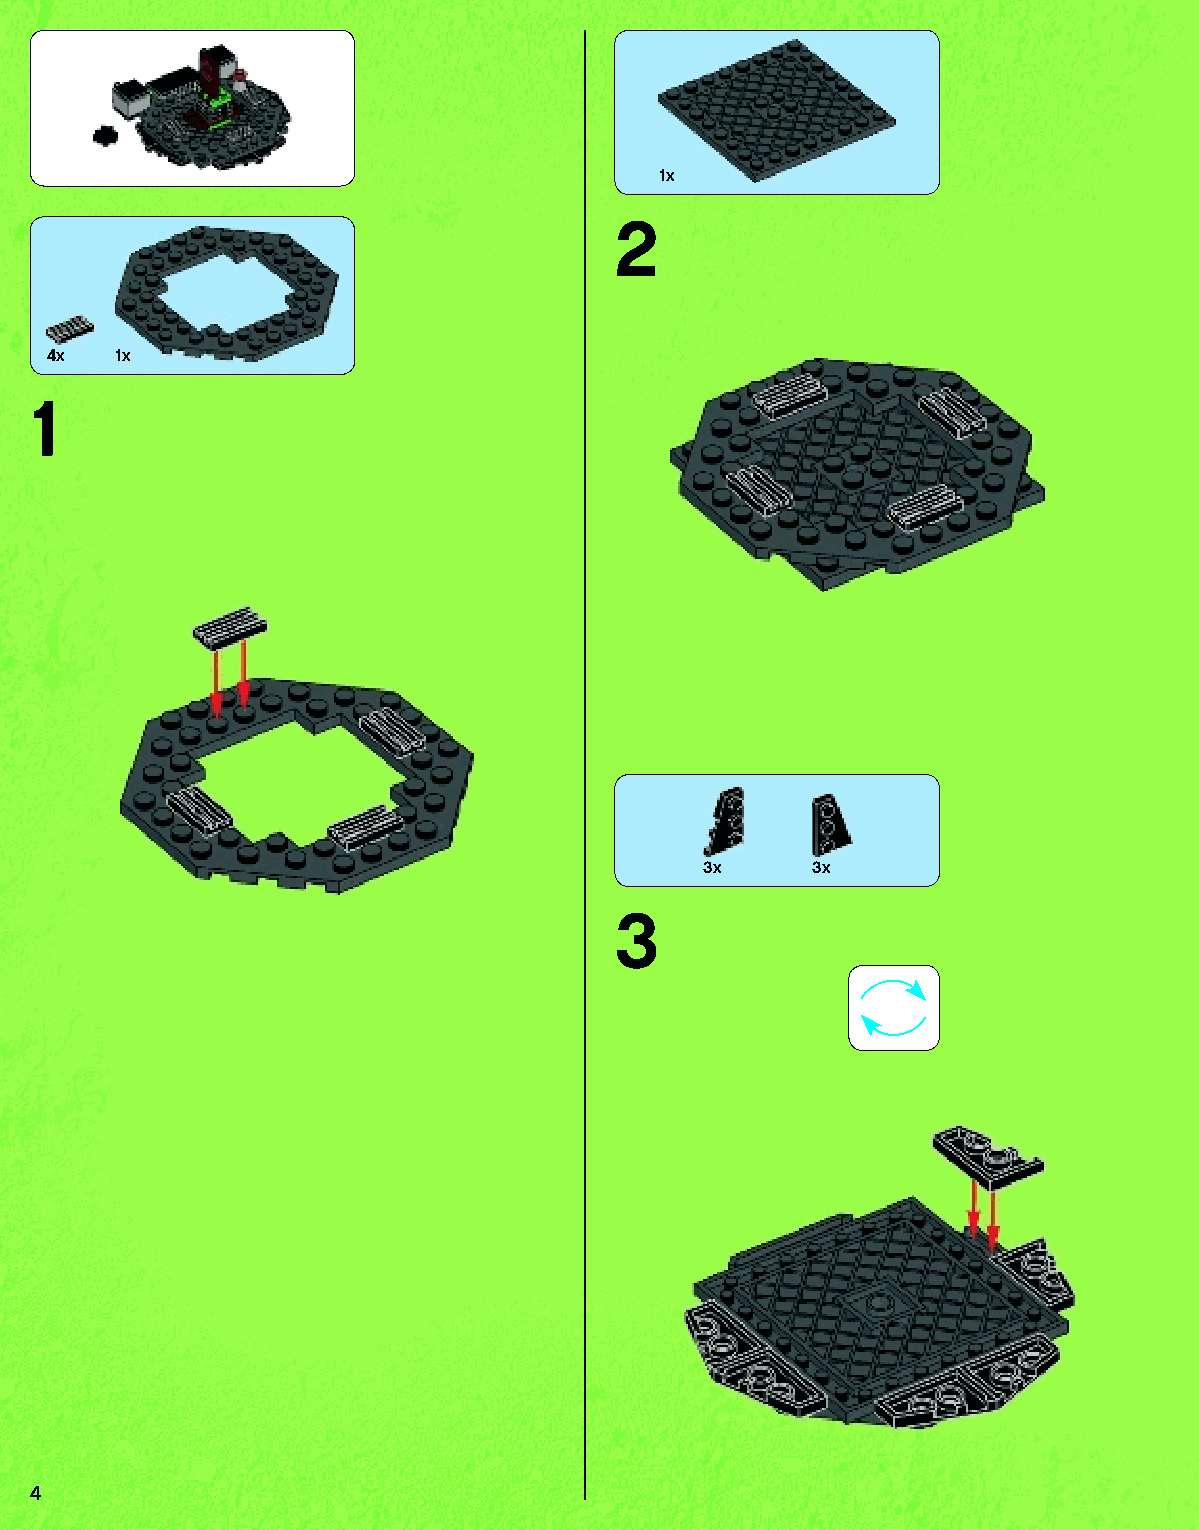
1x
 2
 4x 1x
 1
 3x     3x
 3
 4
 79117_Book1.indd 4                                                01/11/2013 4:31 PM